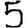
Digit: 5